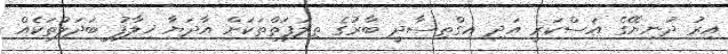
އިރު ދުނިޔޭގެ އަސްކަރީ އަދި އިގްތިސާދީ ބާރުގެ ތިލަފަތްތަކަށް އާދަޔާ ޚިލާފު ބަދަލުތަކެއް